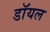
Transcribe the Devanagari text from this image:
डाॅयल